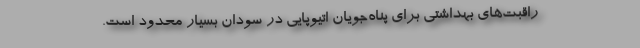
راقبت‌های بهداشتی برای پناه‌جویان اتیوپایی در سودان بسیار محدود است.